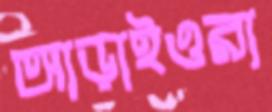
আড়াইওরা